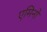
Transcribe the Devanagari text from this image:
एमिनो